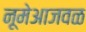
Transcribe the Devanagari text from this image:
नूमेआजवळ